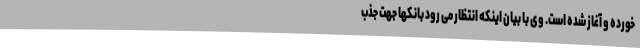
خورده و آغاز شده است. وی با بیان اینکه انتظار می رود بانکها جهت جذب